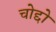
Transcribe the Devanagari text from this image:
चोद्दो